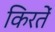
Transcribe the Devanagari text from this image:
किरतें